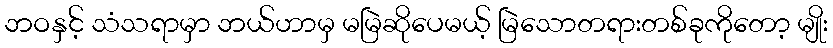
ဘဝနှင့် သံသရာမှာ ဘယ်ဟာမှ မမြဲဆိုပေမယ့် မြဲသောတရားတစ်ခုကိုတော့ မျိုး